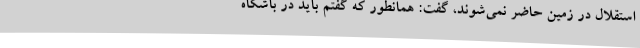
استقلال در زمین حاضر نمی‌شوند، گفت: همانطور که گفتم باید در باشگاه